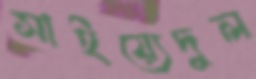
সাইয়্যেদুল